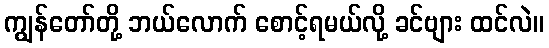
ကျွန်တော်တို့ ဘယ်လောက် စောင့်ရမယ်လို့ ခင်ဗျား ထင်လဲ။